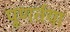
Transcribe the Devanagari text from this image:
पूणर्तया